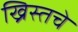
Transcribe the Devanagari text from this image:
ख्रिस्तचे